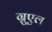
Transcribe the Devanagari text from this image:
ग्रुएल